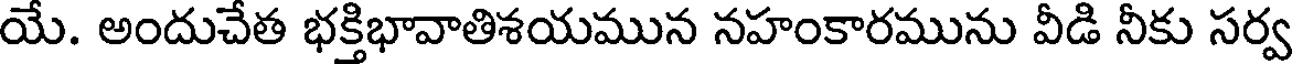
యే. అందుచేత భక్తిభావాతిశయమున నహంకారమును వీడి నీకు సర్వ